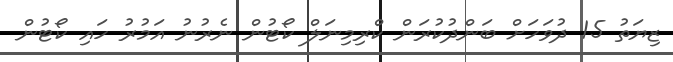
ޒިޔަތު 15 ދުވަހަށް ބަންދުކުރަން ކްރިމިނަލް ކޯޓުން ނެރުނު އަމުރު ހައި ކޯޓުން